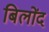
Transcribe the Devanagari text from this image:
बिलोंद